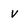
Character: v